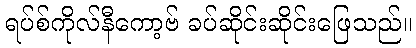
ရပ်စ်ကိုလ်နီကော့ဗ် ခပ်ဆိုင်းဆိုင်းဖြေသည်။